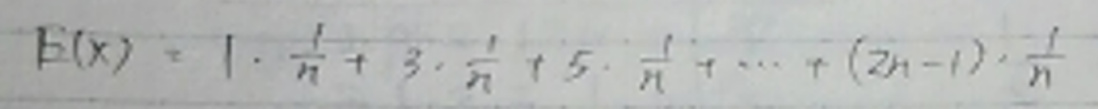
\[
E(X)=1\cdot\frac{1}{n}+3\cdot\frac{1}{n}+5\cdot\frac{1}{n}+\cdots+(2n - 1)\cdot\frac{1}{n}
\]